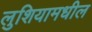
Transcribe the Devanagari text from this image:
लुशियामधील